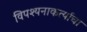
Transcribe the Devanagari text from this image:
विपश्यनाकर्त्याचा